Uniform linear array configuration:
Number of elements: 64
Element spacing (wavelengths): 0.75
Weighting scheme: hamming
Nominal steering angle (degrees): -45
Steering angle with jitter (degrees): -44.928
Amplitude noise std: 0.05
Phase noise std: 0.05

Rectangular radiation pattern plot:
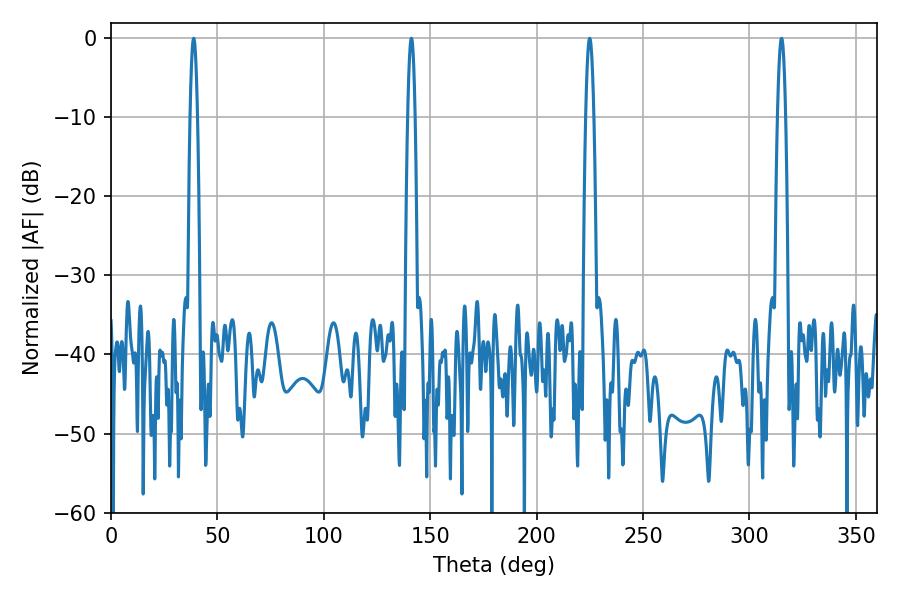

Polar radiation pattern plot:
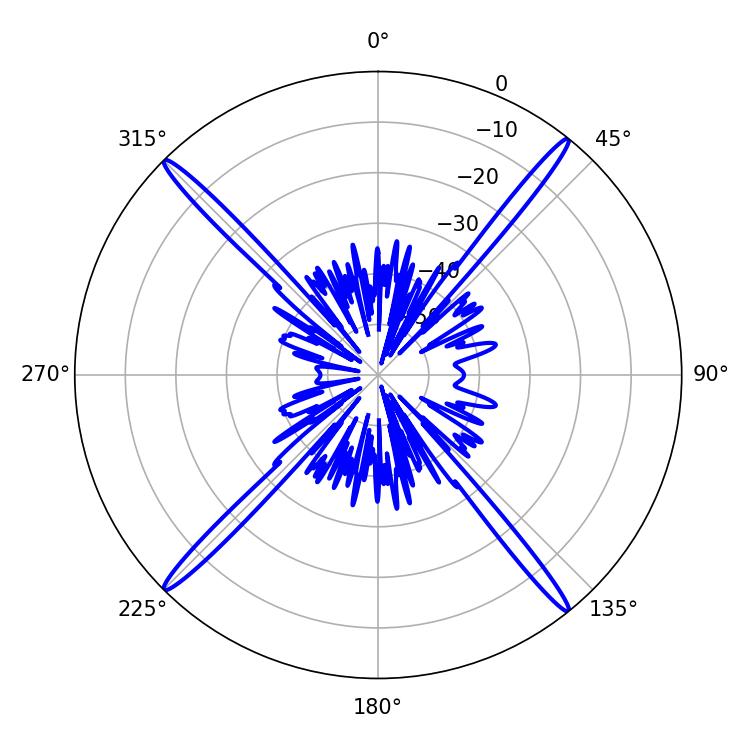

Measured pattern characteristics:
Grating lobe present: TRUE
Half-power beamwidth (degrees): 1.8
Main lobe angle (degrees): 38.88